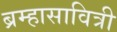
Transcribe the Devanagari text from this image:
ब्रम्हासावित्री